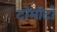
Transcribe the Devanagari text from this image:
टोमॉटो